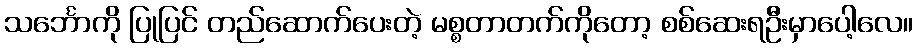
သင်္ဘောကို ပြုပြင် တည်ဆောက်ပေးတဲ့ မစ္စတာတက်ကိုတော့ စစ်ဆေးရဦးမှာပေါ့လေ။